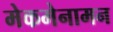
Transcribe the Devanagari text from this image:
मेकमेनामन